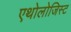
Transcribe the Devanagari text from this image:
एथोलोजिस्ट